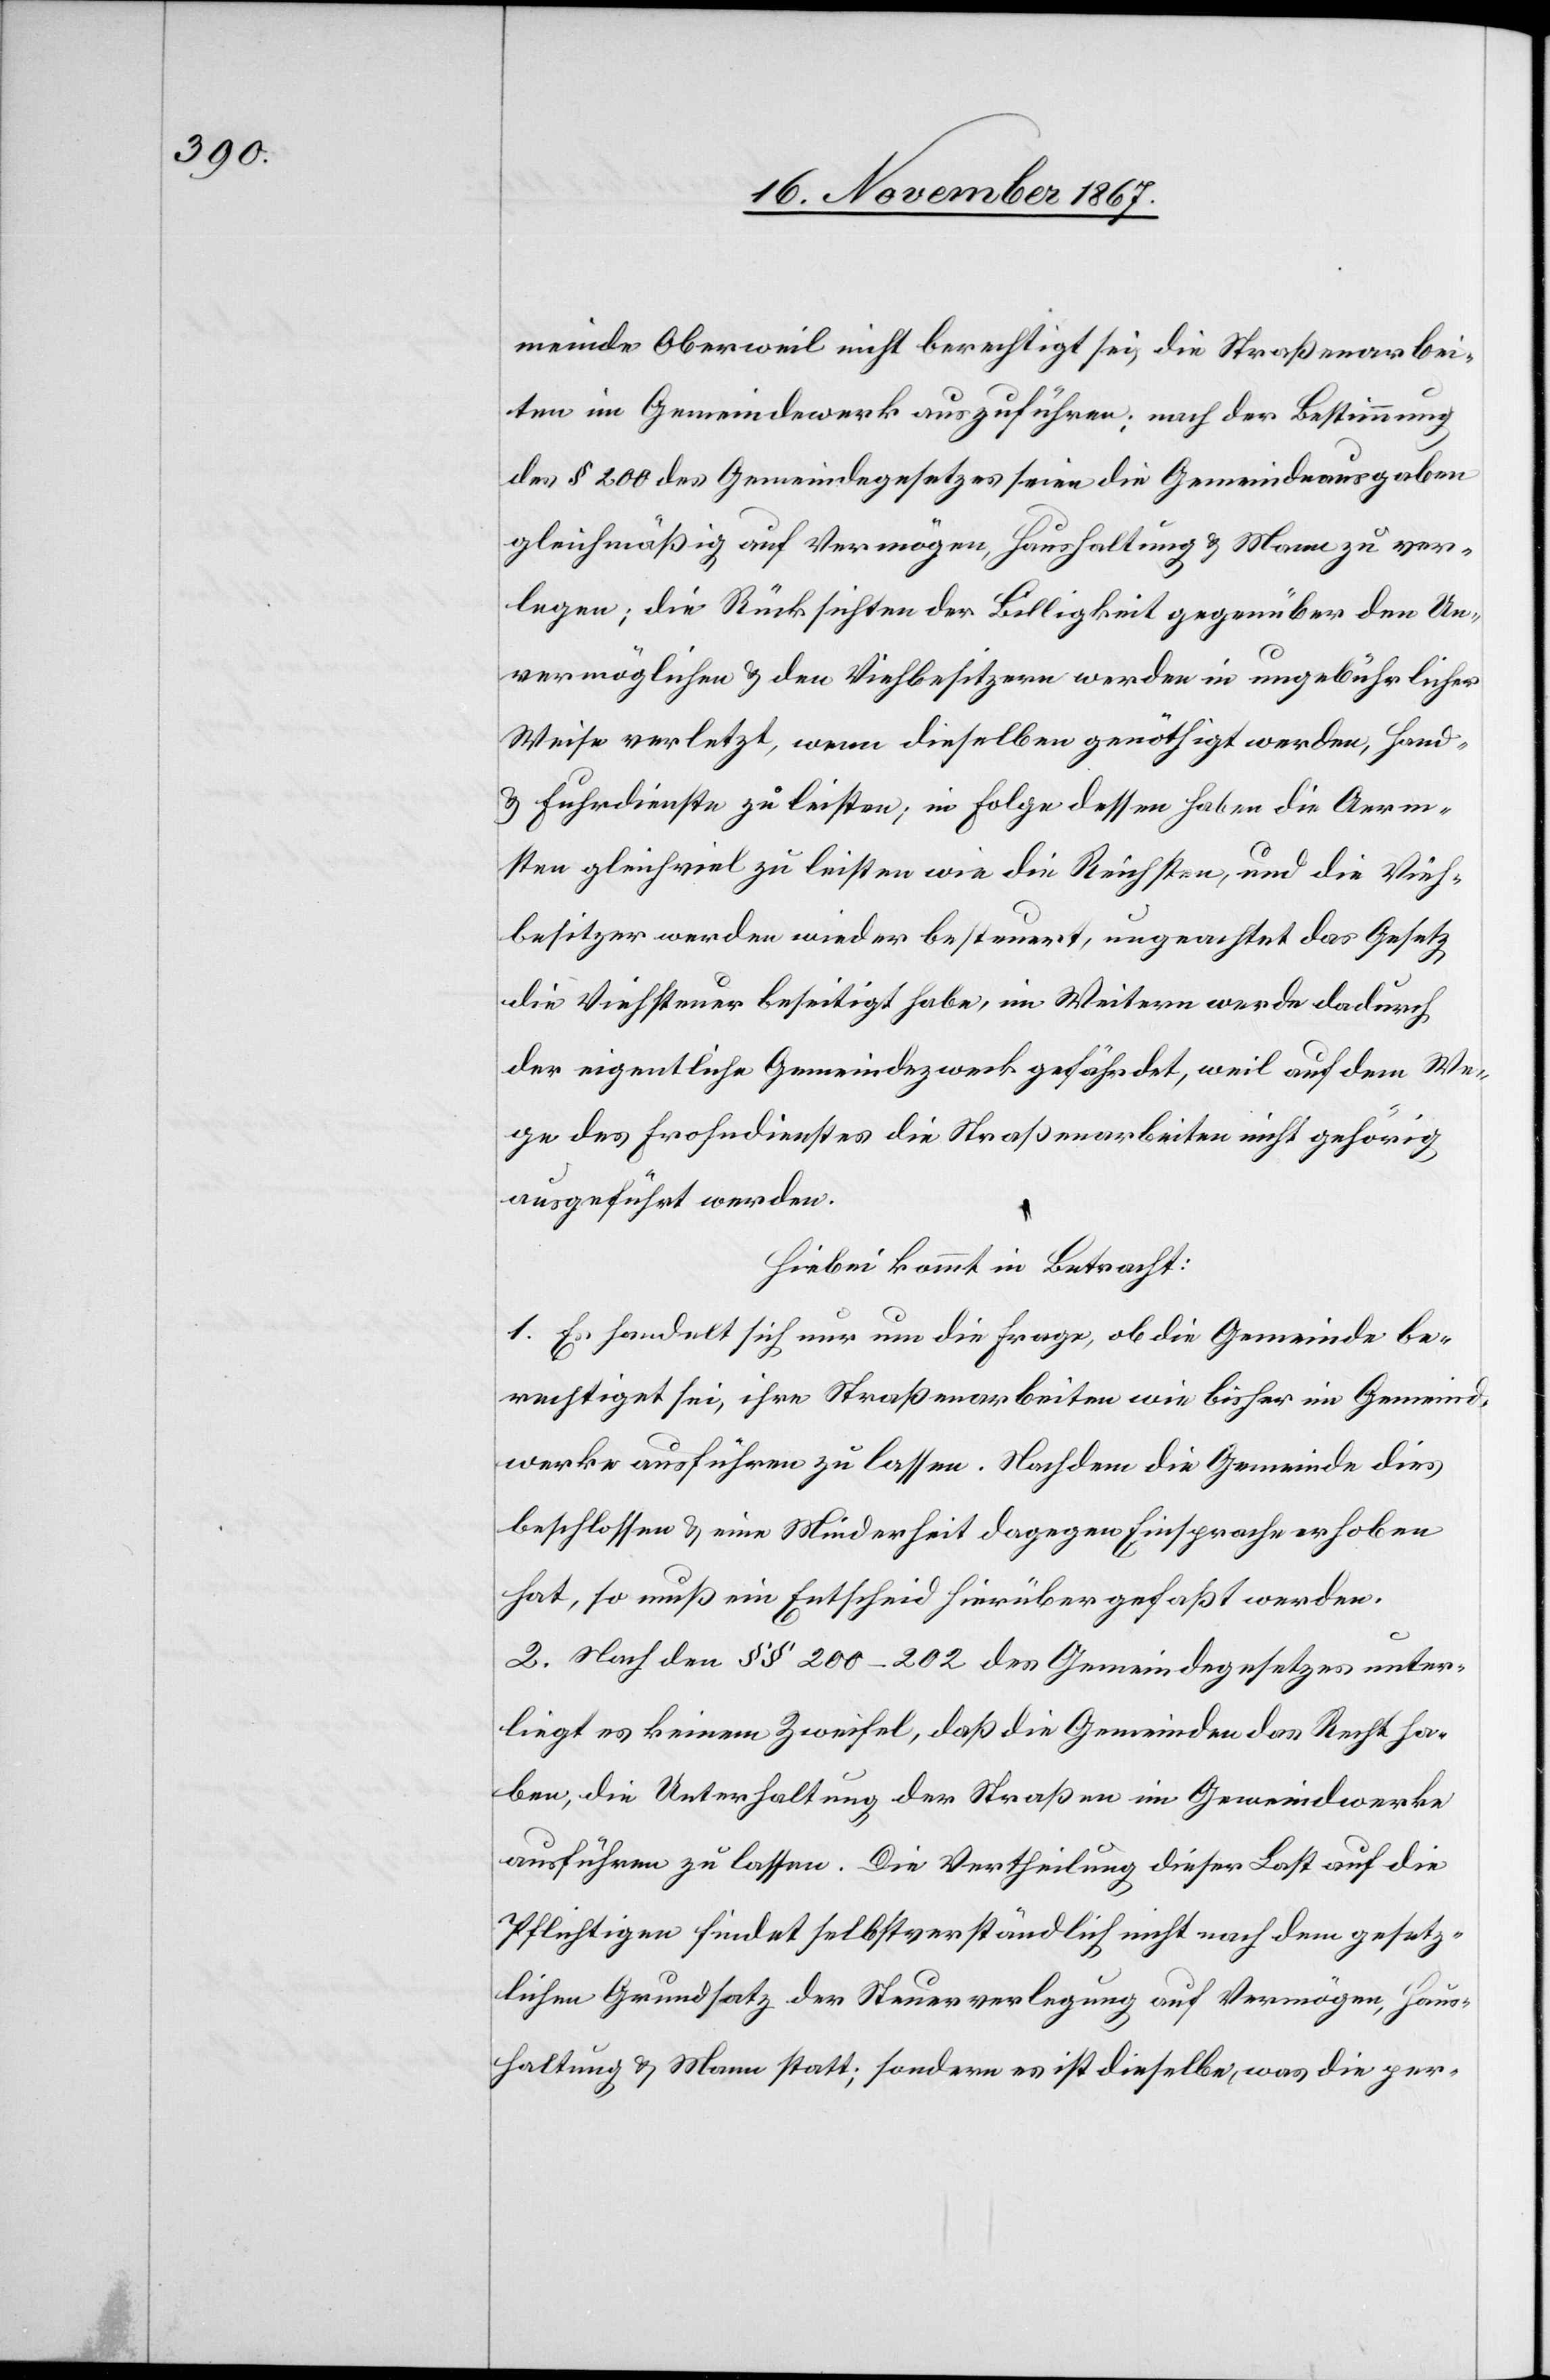
meine Oberweil nicht berechtigt sei, die Straßenarbei¬
ten im Gemeindewerk auszuführen; nach der Bestimmung
des § 200 des Gemeindegesetzes seien die Gemeindeausgaben
gleichmäßig auf Vermögen, Haushaltung u. Mann zu ver¬
legen; die Rücksicht der Billigkeit gegenüber den Un¬
vermöglichen u. den Viehbesitzern werden in ungebührlicher
Weise verletzt, wenn dieselben genöthigt werden, Hand-
u. Fuhrdienste zu leisten; in Folge dessen haben die Aerm¬
sten gleichviel zu leisten wie die Reichsten, und die Vieh¬
besitzer werden wieder besteuert, ungeachtet das Gesetzt
die Viehsteuer beseitigt habe, im Weitern werde dadurch
der eigentliche Gemeindezweck gefährdet, weil auf dem We¬
ge des Frohndienstes die Straßenarbeiten nicht gehörig
ausgeführt werden.
Hiebei kommt in Betracht:
1. Es handelt sich nur um die Frage, ob die Gemeinde be¬
rechtigt sei, ihre Straßenarbeiten wie bisher im Gemeind¬
werke ausführen zu lassen. Nachdem die Gemeinde dies
beschlossen u. eine Minderheit dagegen Einsprache erhoben
hat, so muß ein Entscheid hierüber gefaßt werden.
2. Nach den § § 200–202 des Gemeindesgesetzes unter¬
liegt es keinem Zweifel, daß die Gemeinden das Recht ha¬
ben, die Unterhaltung der Straßen im Gemeindwerke
ausführen zu lassen. Die Vertheilung dieser Last auf die
Pflichtigen findet selbstverständlich nicht nach dem gesetz¬
lichen Grundsatz der Steuerverlegung auf Vermöge, Haus¬
haltung u. Mann statt; sondern es ist dieselbe, was die per-